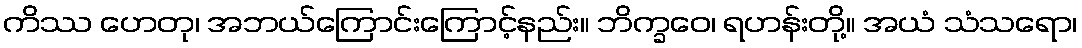
ကိဿ ဟေတု၊ အဘယ်ကြောင်းကြောင့်နည်း။ ဘိက္ခဝေ၊ ရဟန်းတို့။ အယံ သံသရော၊